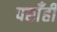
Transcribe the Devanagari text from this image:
पछाँही